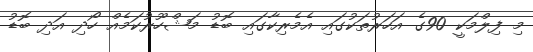
މި ފިލްމަކީ 90ގެ އަހަރުތަކުގައި އެމެރިކާގައި ބޮޑު މަޝްހޫރުކަމެއް ހޯދި އަދި ބޮޑު